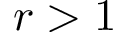
r > 1